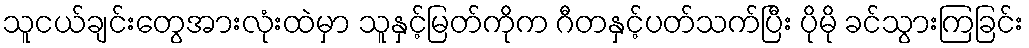
သူငယ်ချင်းတွေအားလုံးထဲမှာ သူနှင့်မြတ်ကိုက ဂီတနှင့်ပတ်သက်ပြီး ပိုမို ခင်သွားကြခြင်း